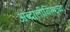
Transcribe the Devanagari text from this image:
अब्दालीविरुद्दच्या